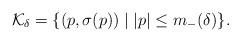
LaTeX: \begin{align*}\mathcal K_\delta= \{(p,\sigma(p))\;|\; |p|\le m_-(\delta) \}.\end{align*}